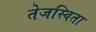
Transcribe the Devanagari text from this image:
तेजस्‍विता